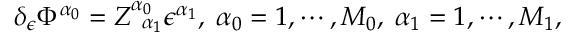
\delta _ { \epsilon } \Phi ^ { \alpha _ { 0 } } = Z _ { \; \; \alpha _ { 1 } } ^ { \alpha _ { 0 } } \epsilon ^ { \alpha _ { 1 } } , \; \alpha _ { 0 } = 1 , \cdots , M _ { 0 } , \; \alpha _ { 1 } = 1 , \cdots , M _ { 1 } ,